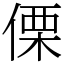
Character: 傈